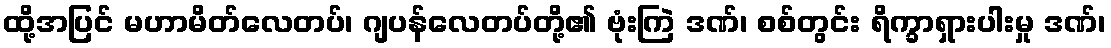
ထို့အပြင် မဟာမိတ်လေတပ်၊ ဂျပန်လေတပ်တို့၏ ဗုံးကြဲ ဒဏ်၊ စစ်တွင်း ရိက္ခာရှားပါးမှု ဒဏ်၊